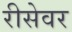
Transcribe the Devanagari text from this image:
रीसेवर